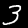
Label: 3